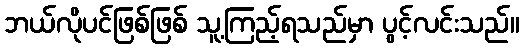
ဘယ်လိုပင်ဖြစ်ဖြစ် သူ့ကြည့်ရသည်မှာ ပွင့်လင်းသည်။